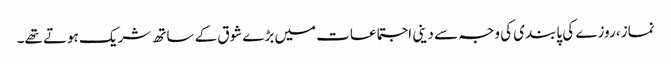
نماز ،روزے کی پابندی کی وجہ سے دینی اجتماعات میں بڑے شوق کے ساتھ شریک ہوتے تھے۔